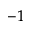
^ { - 1 }